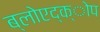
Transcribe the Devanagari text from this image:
ब्लोएद्क्ोप